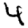
Digit: 4